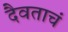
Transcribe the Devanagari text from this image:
दैवताचं